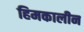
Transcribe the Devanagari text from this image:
हिमकालीन